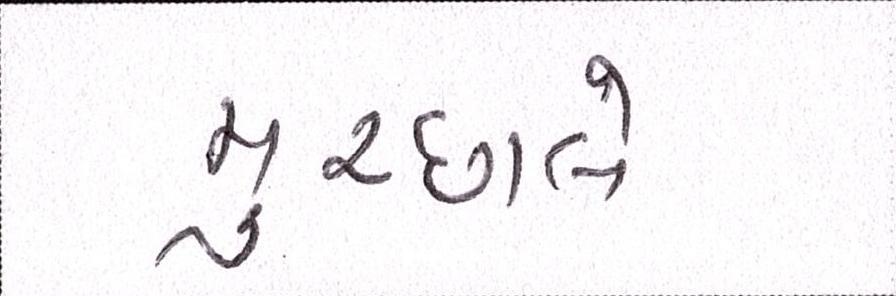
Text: મુચ્છાલે